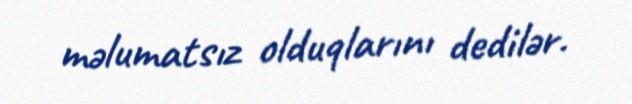
məlumatsız olduqlarını dedilər.